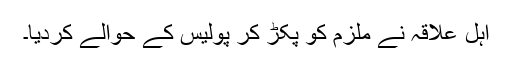
اہل علاقہ نے ملزم کو پکڑ کر پولیس کے حوالے کردیا۔